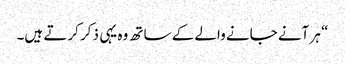
“ ہر آنے جانے والے کے ساتھ وہ یہی ذکر کرتے ہیں۔